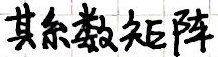
其系数矩阵